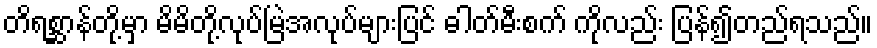
တိရစ္ဆာန်တို့မှာ မိမိတို့လုပ်မြဲအလုပ်များပြင် ဓါတ်မီးစက် ကိုလည်း ပြန်၍တည်ရသည်။